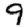
Digit: 9